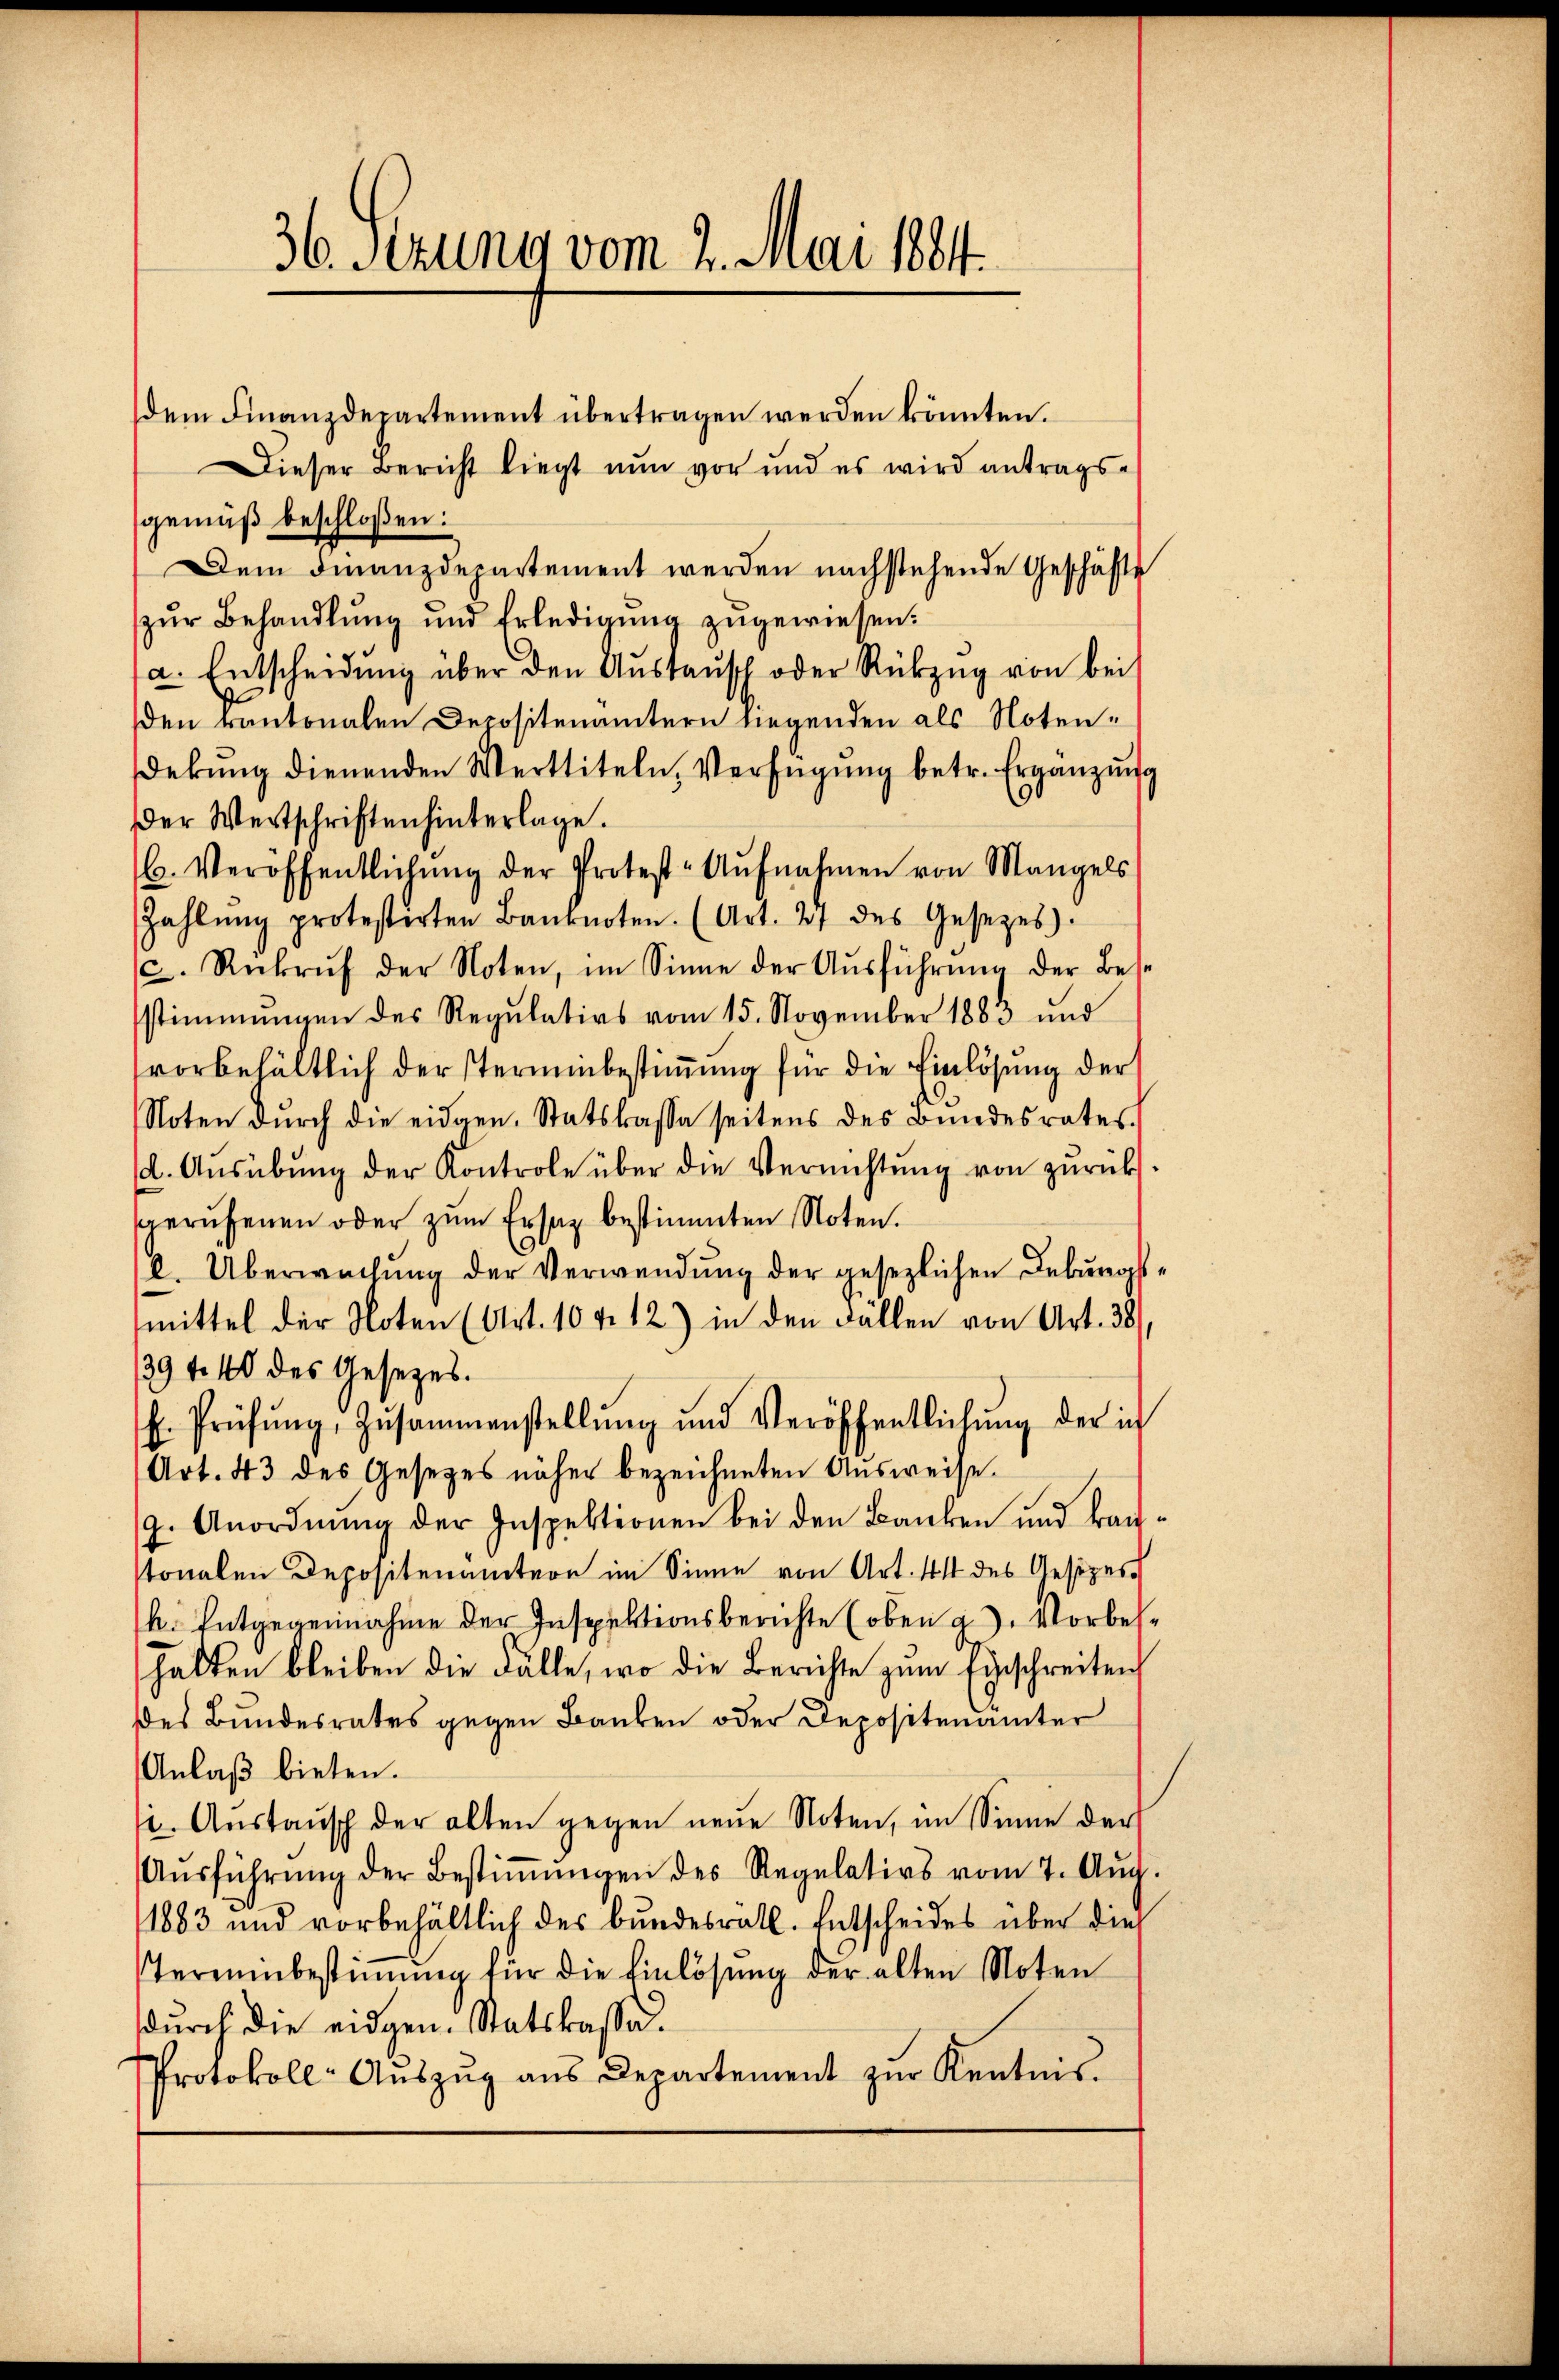
36. Sezung vom 2. Mai 1884.

dem Finanzdepartement übertragen werden könnten.
Dieser Bericht liegt nun vor und es wird antrags-
gemäß beschloßen:
Dem Finanzdepartement werden nachstehende Geschäfte
zŭr Behandlung und Erledigŭng zugewiesen.
a. Entscheidŭng über den Aŭstaŭsch oder Rückzŭg von bei
den kantonalen Depositenämtern liegenden als Noten¬
Dekŭng dienenden Merttiteln, Verfügŭng betr. Ergänzŭng
der Wertschriften hinterlage.
b. Veröffentlichŭng der Protest-Aŭfnahmen von Mangels
Zahlŭng protesterten Banknoten. (Art. 27 des Gesezes).
c. Rekrŭf der Noten, im Sinne der Aŭsführŭng der Bese
stimmungen des Regulativs vom 15. November 1883 und
vorbehältlich der sterminbestimmung für die Einlösung der
Noten dŭrch die eidgen. Statskasse seitens des Bundesrates
d. Aŭsübŭng der Kontrole über die Vernichtŭng von zŭrück
sgerufenen oder zŭm Ersatz bestimmten Noten.
l. Überwachung der Verwendung der gesezlichen Debungsmittel der Noten (Art. 10 v. 12) in den Fällen von Art. 38
394. 40 des Gesezes.
E. Prüfŭng, Zusammenstellŭng und Veröffentlichŭng der in
Art. 43 des Gesetzes näher bezeichneten Ausweise.
9. Anordnung der Inspektionen bei den Banken und kanstonalen Depositenamtern im Sinne von Art. 41 des Aesizer
h. Entgegennahme der Inspektionsberichte (oben g). Vorbeshalten bleiben die Fälle, wo die Berichte zŭm Einschreiten
des Bundesrates gegen Banken oder Depositenämter
Anlaβ bieten.
i. Aŭstaŭsch der alten gegen neue Noten, im Sinne der
Aŭsführŭng der Bestiṁŭngen des Regulativs vom 7. Aŭg.
1883 und vorbehältlich des bundesrath. Entscheides über die
Tereuenbestimmung für die Einlösung der alten Noten
durch die eidgen. Statskassa¬
Protokoll-Aŭszŭg ans Departement zŭr Kentnis.